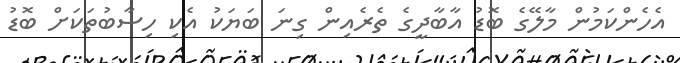
އެހެންކަމުން މާލޭގެ ބޮޑު އާބާދީގެ ތެރެއިން ގިނަ ބަޔަކު އެކި ހިސާބުތަކަށް ބޮޑު